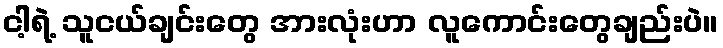
ငါ့ရဲ့ သူငယ်ချင်းတွေ အားလုံးဟာ လူကောင်းတွေချည်းပဲ။